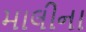
માલીના